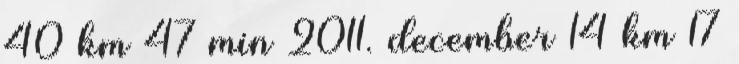
40 km 47 min 2011. december 14 km 17